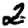
Digit: 2